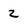
Character: z